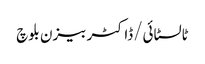
ٹالسٹائی/ڈاکٹر بیزن بلوچ